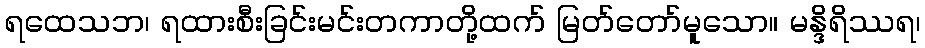
ရထေသဘ၊ ရထားစီးခြင်းမင်းတကာတို့ထက် မြတ်တော်မူသော။ မန္ဒိရိဿရ၊